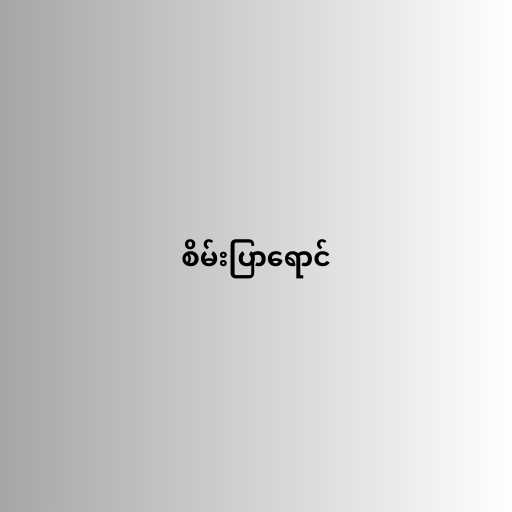
စိမ်းပြာရောင်